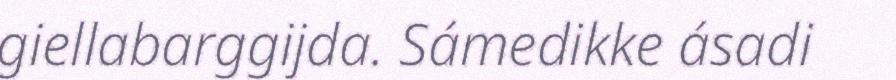
giellabarggijda. Sámedikke ásadi